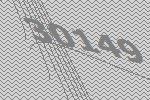
30149